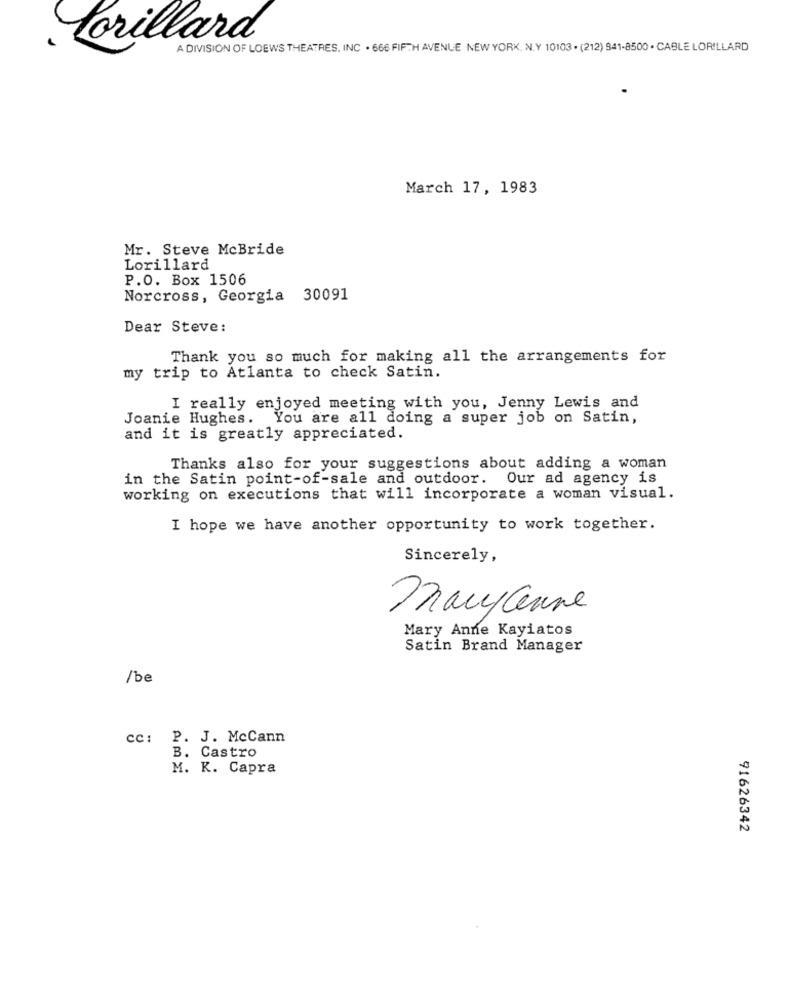
Lorillard
A DIVISION OF LOEWS THEATRES, INC . 666 FIFTH AVENUE NEW YORK, N. Y 10103 . (212) 941-8500 . CABLE LORILLARD
March 17, 1983
Mr. Steve McBride
Lorillard
P.O. Box 1506
Norcross, Georgia 30091
Dear Steve:
Thank you so much for making all the arrangements for
my trip to Atlanta to check Satin.
I really enjoyed meeting with you, Jenny Lewis and
Joanie Hughes. You are all doing a super job on Satin,
and it is greatly appreciated.
Thanks also for your suggestions about adding a woman
in the Satin point-of-sale and outdoor. Our ad agency is
working on executions that will incorporate a woman visual.
I hope we have another opportunity to work together.
Sincerely,
11
Maryanne
Mary Anne Kayiatos
Satin Brand Manager
/be
cc: P. J. McCann
B. Castro
M. K. Capra
91626342